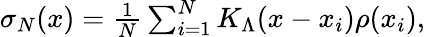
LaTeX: \begin{array}{r}{\sigma_{N}(x)=\frac{1}{N}\sum_{i=1}^{N}K_{\Lambda}(x-x_{i})\rho(x_{i}),}\end{array}